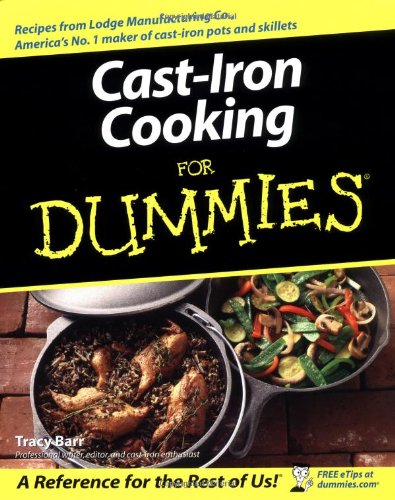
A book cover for Cast Iron Cooking For Dummies; Tracy Barr; Cookbooks, Food & Wine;